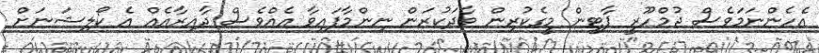
އެހެންނަމަވެސް ޖުމްހޫރީ ޕާޓީން މީގެކުރިން ވާދަކުރަން ނިންމާފައިވާ އެއްވެސް ދާއިރާއެއް އެ ކޯލިޝަނަށް